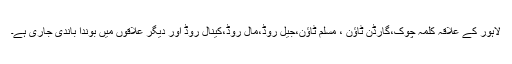
لاہور کے علاقہ کلمہ چوک،گارڈن ٹاؤن ، مسلم ٹاؤن،جیل روڈ،مال روڈ،کینال روڈ اور دیگر علاقوں میں بوندا باندی جاری ہے۔